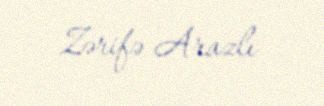
Zərifə Arazlı